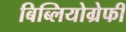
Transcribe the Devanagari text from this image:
बिब्लियोग्रेफी